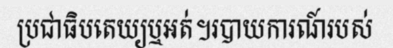
ប្រជាធិបតេយ្យឬអត់។របាយការណ៍របស់